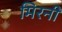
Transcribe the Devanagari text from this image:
मिरनी